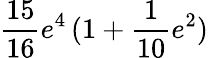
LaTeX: \frac{15}{16}e^{4}\, (1+\frac{1}{10}e^{2})